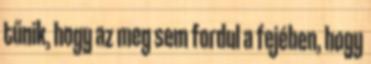
tűnik, hogy az meg sem fordul a fejében, hogy